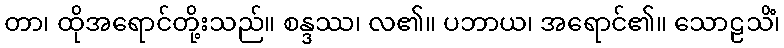
တာ၊ ထိုအရောင်တို့းသည်။ စန္ဒဿ၊ လ၏။ ပဘာယ၊ အရောင်၏။ သောဠသိံ၊